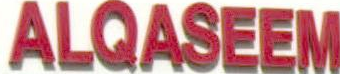
ALQASEEM